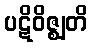
ပဋိဝိဇ္ဈတိ